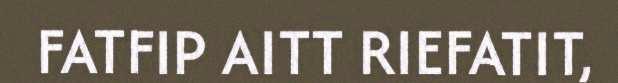
FATFIP AITT RIEFATIT,